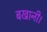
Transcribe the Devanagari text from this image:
बखानी।